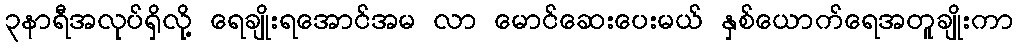
၃နာရီအလုပ်ရှိလို့ ရေချိုးရအောင်အမ လာ မောင်ဆေးပေးမယ် နှစ်ယောက်ရေအတူချိုးကာ